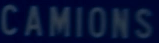
CAMIONS